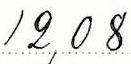
12,08